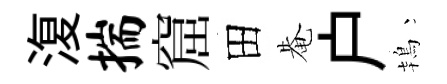
𣸪揣窟田𤲅户鴇